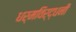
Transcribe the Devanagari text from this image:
धर्मविर्द्धनी